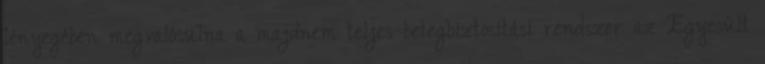
lényegében megvalósulna a majdnem teljes betegbiztosítási rendszer az Egyesült